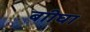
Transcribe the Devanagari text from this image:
बाीघा